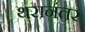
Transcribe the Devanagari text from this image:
थरानंतर